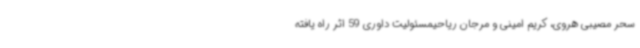
سحر مصیبی هروی، کریم امینی و مرجان ریاحیمسئولیت داوری 59 اثر راه یافته